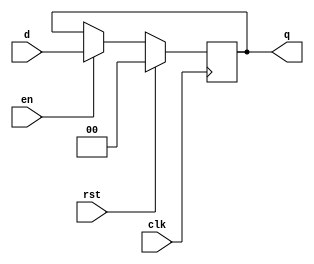

`timescale 1ns/1ns

module param_d_ff_sync(d, clk, rst, q, en);
    ////////////////////////////////////////////////////////
    // the following module is used to model sync n-flipflop
    // to be used for buffers
    ////////////////////////////////////////////////////////
    parameter n = 2;
    input [n - 1 : 0] d;
	input clk;
	input rst;
    input en;
	output reg [n - 1 : 0] q;

	always @(posedge clk) begin
		if (rst) begin
            q <= {n{1'b0}};
		end
		else begin
            if (en)
                q  <= d;
		end
	end
endmodule